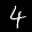
Label: 4